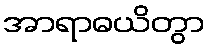
အာရာဓယိတွာ